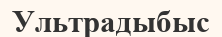
Ультрадыбыс